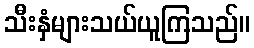
သီးနှံများသယ်ယူကြသည်။